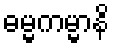
ဓမ္မကမ္မာနိ